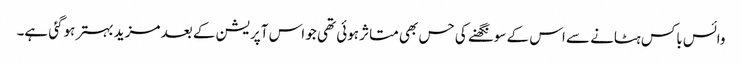
وائس باکس ہٹانے سے اس کے سونگھنے کی حس بھی متاثر ہوئی تھی جو اس آپریشن کے بعد مزید بہتر ہوگئی ہے۔